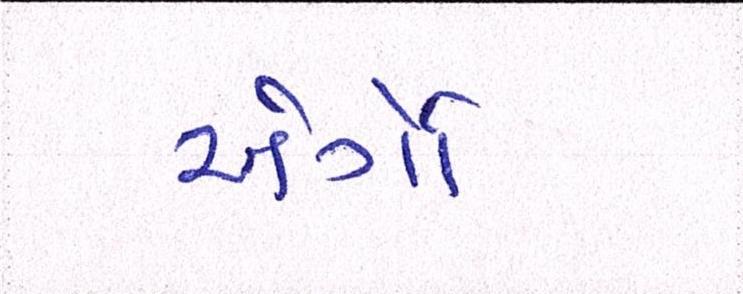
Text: એર્ગો